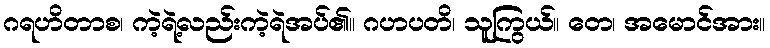
ဂရဟိတာစ၊ ကဲ့ရဲ့လည်းကဲ့ရဲအပ်၏။ ဂဟပတိ၊ သူကြွယ်။ တေ၊ အမောင်အား။